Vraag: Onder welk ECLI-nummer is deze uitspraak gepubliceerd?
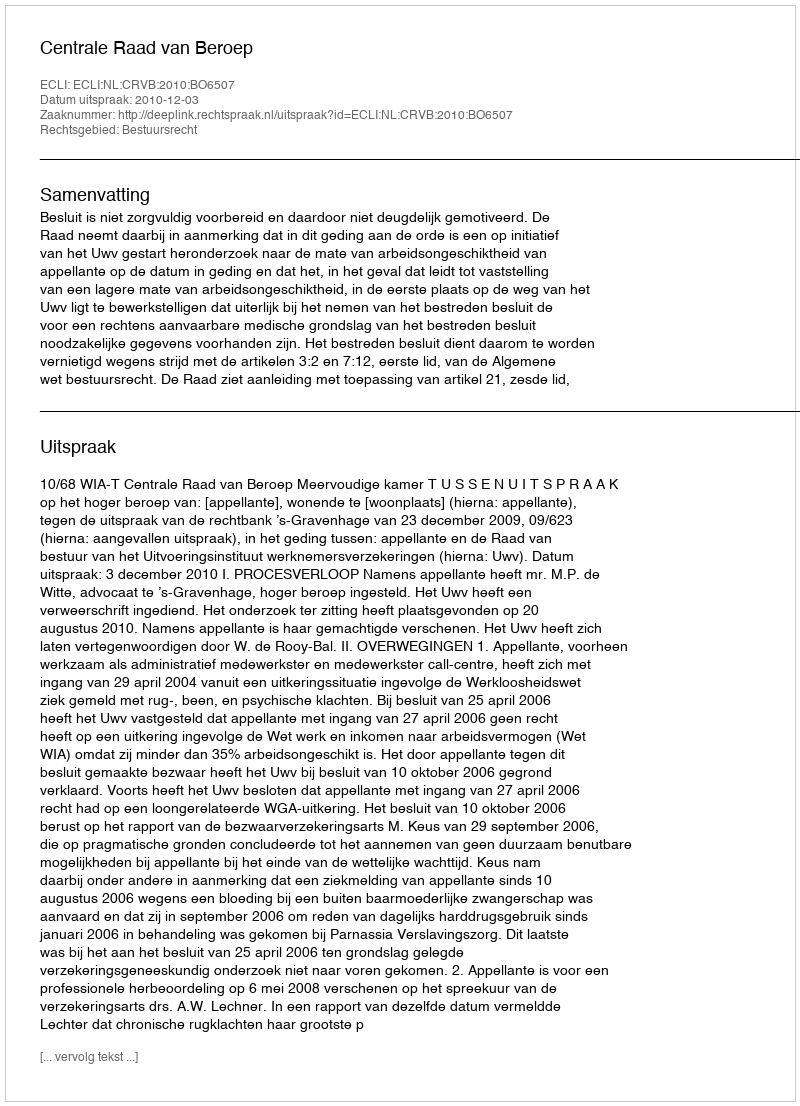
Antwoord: ECLI:NL:CRVB:2010:BO6507